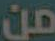
من